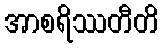
အာစရိဿတီတိ